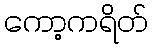
ကော့ကရိတ်